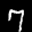
Label: 7